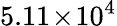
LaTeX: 5.11\! \times\! 10^{4}